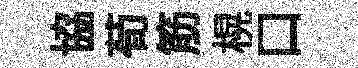
協荀筋榥口